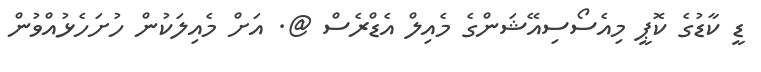
ޑީ ކާޑުގެ ކޮޕީ މިއެސޯސިއޭޝަންގެ މެއިލް އެޑްރެސް @. އަށް މެއިލަކުން ހުށަހެޅުއްވުން